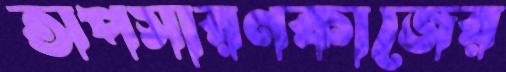
অপসারণকাজের